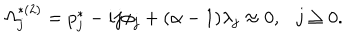
\Omega _ { j } ^ { * ( 2 ) } = p _ { j } ^ { * } - i j \phi _ { j } + ( \alpha - 1 ) \lambda _ { j } \approx 0 , j \geq 0 .